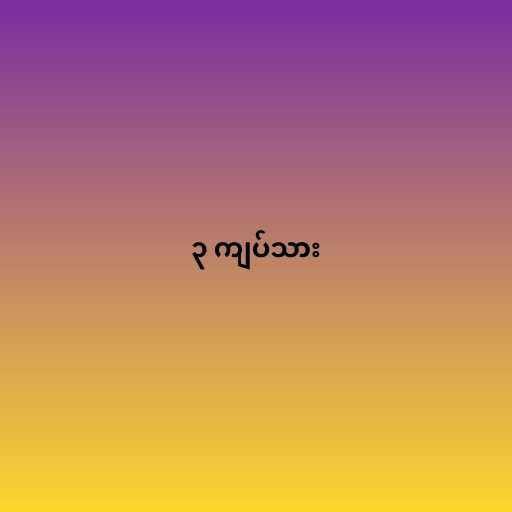
၃ ကျပ်သား